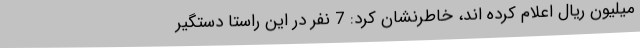
میلیون ریال اعلام کرده اند، خاطرنشان کرد: 7 نفر در این راستا دستگیر